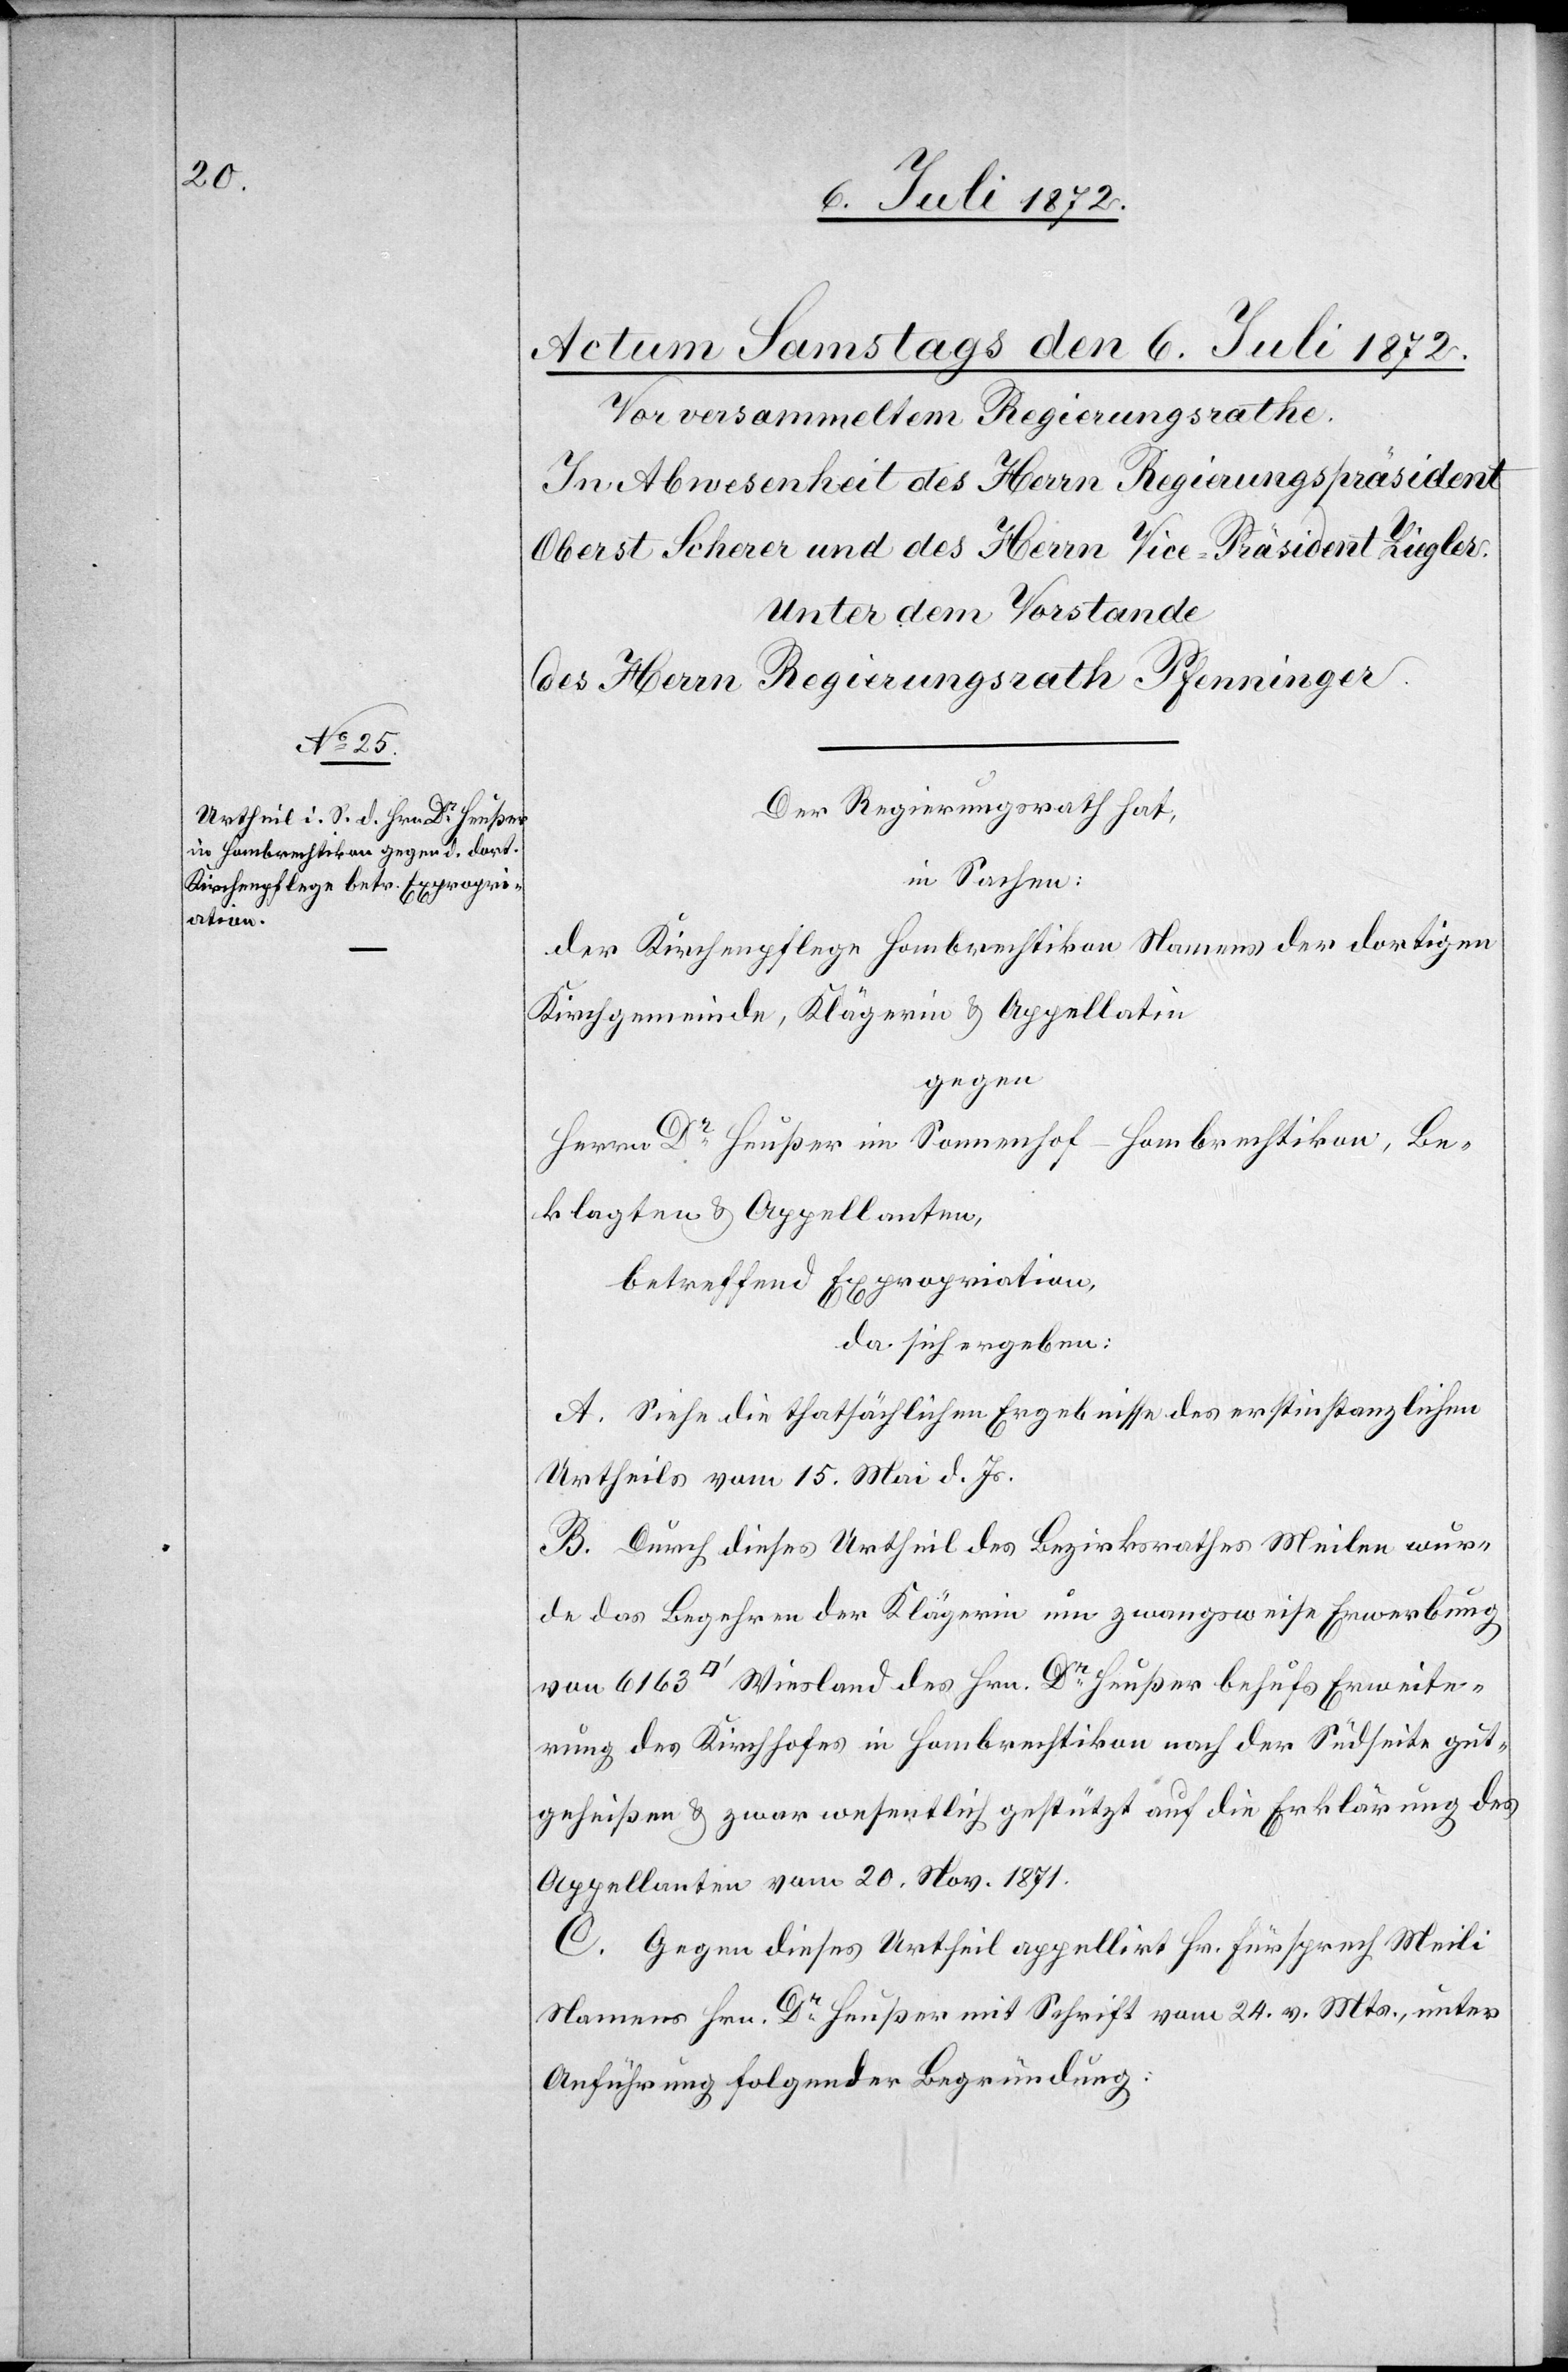
Wiesland des Hrn. Dr Heußer behufs Erweite¬
Der Regierungsrath hat,
in Sachen:
der Kirchenpflege Hombrechtikon Namens der dortigen
Kirchgemeinde, Klägerin u. Appellatin
gegen
Herrn Dr Heußer im Sonnenhof-Hombrechtikon, Be¬
klagten u. Appellanten,
betreffend Expropriation
da sich ergeben:
A. Sehe die thatsächlichen Ergebnisse des erstinstanzlichen
Urtheils vom 15. Mai d. Js.
B. Durch dieses Urtheil des Bezirksrathes Meilen wur¬
de das Begehren der Klägerin um zwangsweise Erwerbung
rung des Kirchhofes in Hombrechtikon nach der Südseite gut¬
geheißen u. zwar wesentlich gestützt auf die Erklärung des
Appellanten vom 20. Nov. 1871.
C. Gegen dieses Urtheil appellirt Hr. Fürsprech Meili
Namens Hrn. Dr Heußer mit Schrift vom 24. v. Mts., unter
Anführung folgender Begründung: